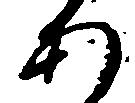
あ